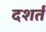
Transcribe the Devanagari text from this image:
दशर्तं